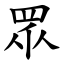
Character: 眾